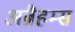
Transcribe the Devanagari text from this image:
अब्रैहम्स